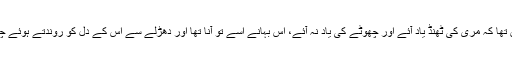
کیسے ممکن تھا کہ مری کی ٹھنڈ یاد آئے اور چھوٹے کی یاد نہ آئے، اس بہانے اسے تو آنا تھا اور دھڑلے سے اس کے دل کو روندتے ہوئے چلے جانا تھا۔